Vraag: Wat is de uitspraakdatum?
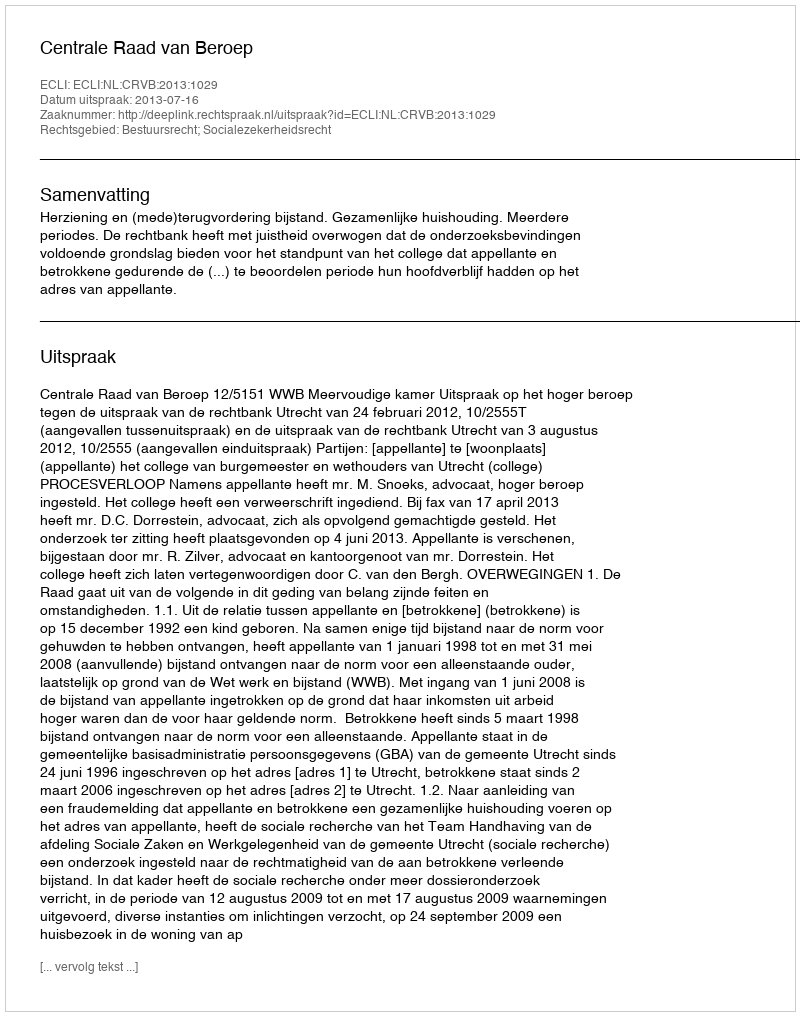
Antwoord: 2013-07-16